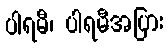
ပါရမီ၊ ပါရမီအပြား